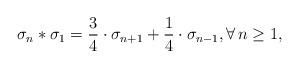
LaTeX: \begin{align*}\sigma_n * \sigma_1 = \frac{3}{4} \cdot \sigma_{n+1} + \frac{1}{4} \cdot \sigma_{n-1}, \forall \, n \geq 1,\end{align*}